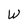
Character: W